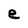
Character: e